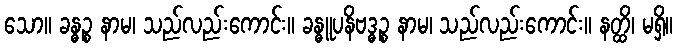
သော။ ခန္ဓဉ္စ နာမ၊ သည်လည်းကောင်း။ ခန္ဓူပနိဗဒ္ဓဉ္စ နာမ၊ သည်လည်းကောင်း။ နတ္ထိ၊ မရှိ။